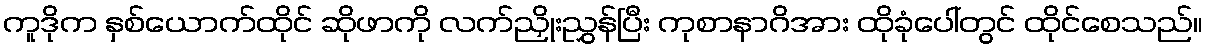
ကူဒိုက နှစ်ယောက်ထိုင် ဆိုဖာကို လက်ညှိုးညွှန်ပြီး ကုစာနာဂိအား ထိုခုံပေါ်တွင် ထိုင်စေသည်။